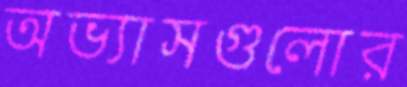
অভ্যাসগুলোর